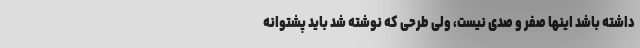
داشته باشد اینها صفر و صدی نیست، ولی طرحی که نوشته شد باید پشتوانه